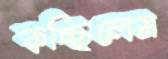
কচ্ছিলেম